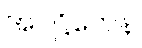
အဝဋ္ဌိတေန